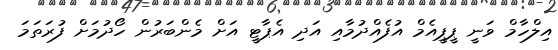
އިލްހާމް ވަނީ ޕީޕީއެމް އުފެއްދުމާއި އަދި އެޕާޓީ އަށް މެންބަރުން ހޯދުމަށް ފުރަތަމަ